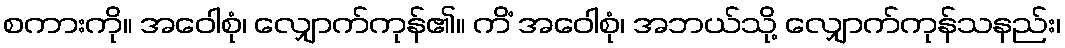
စကားကို။ အဝေါစုံ၊ လျှောက်ကုန်၏။ ကိံ အဝေါစုံ၊ အဘယ်သို့ လျှောက်ကုန်သနည်း၊